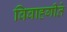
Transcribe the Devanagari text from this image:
विवाहगीते